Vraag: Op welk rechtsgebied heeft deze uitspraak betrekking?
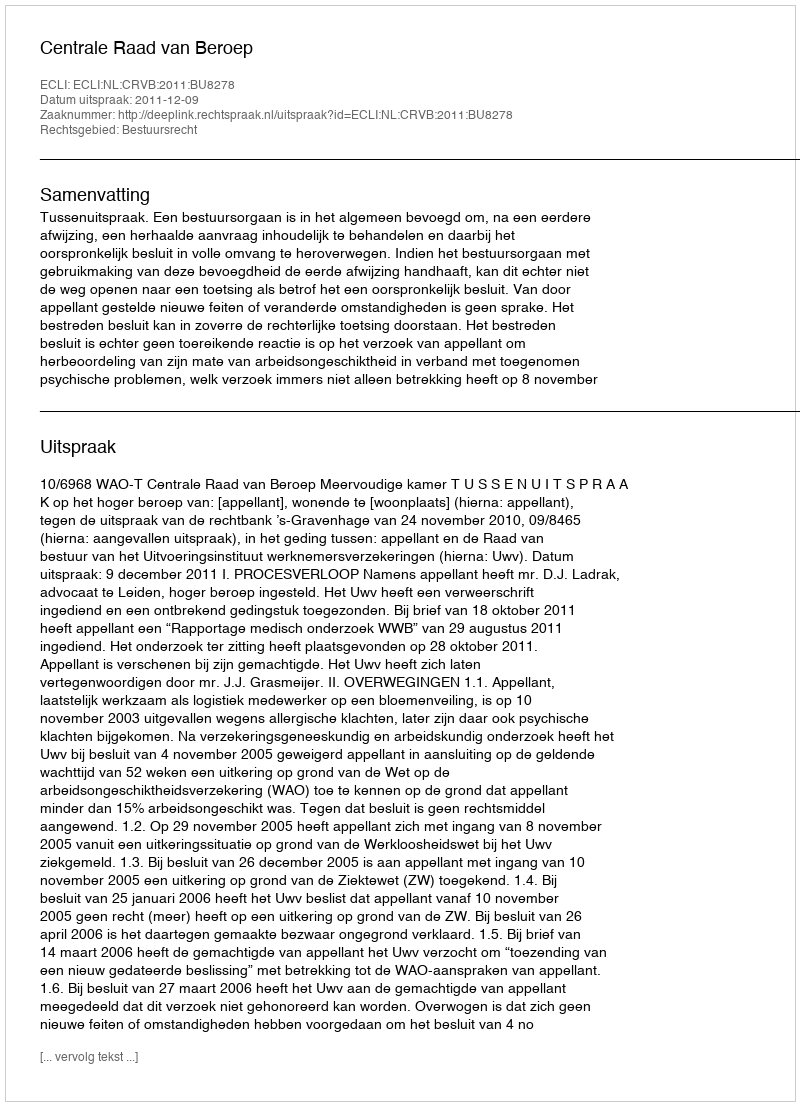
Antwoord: Bestuursrecht